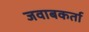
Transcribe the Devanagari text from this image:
जवाबकर्ता